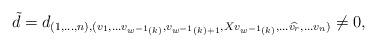
LaTeX: \begin{align*}\tilde{d}=d_{(1,\ldots, n),(v_1, \ldots v_{w^{-1}(k)},v_{w^{-1}(k)+1}, Xv_{w^{-1}(k)},\ldots \widehat{v_{r}}, \ldots v_n)}\neq 0,\end{align*}